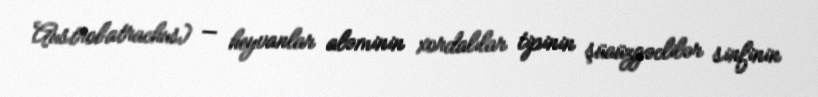
Austrobatrachus) — heyvanlar aləminin xordalılar tipinin şüaüzgəclilər sinfinin